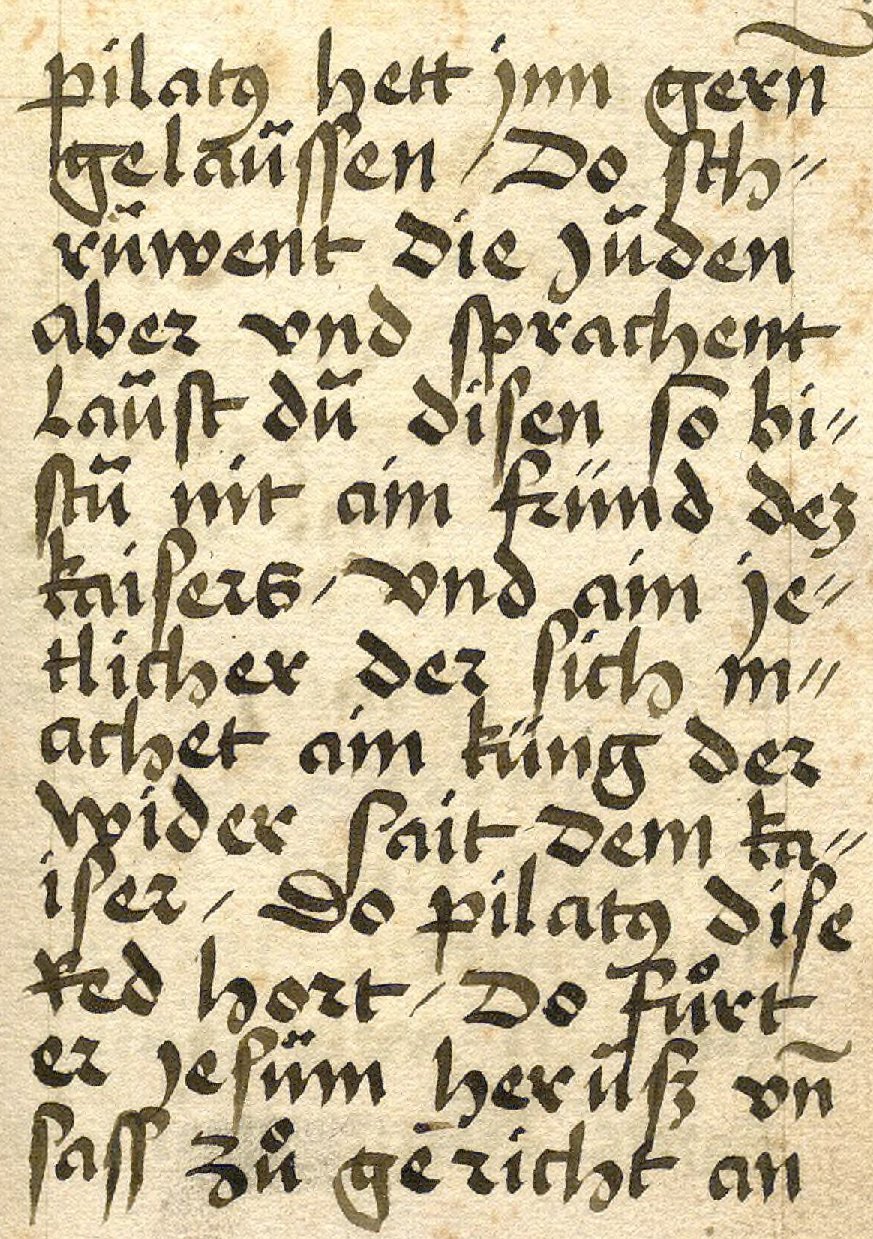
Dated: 1533–1565